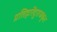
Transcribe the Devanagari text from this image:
प्रतिहारेंदुराजकृत